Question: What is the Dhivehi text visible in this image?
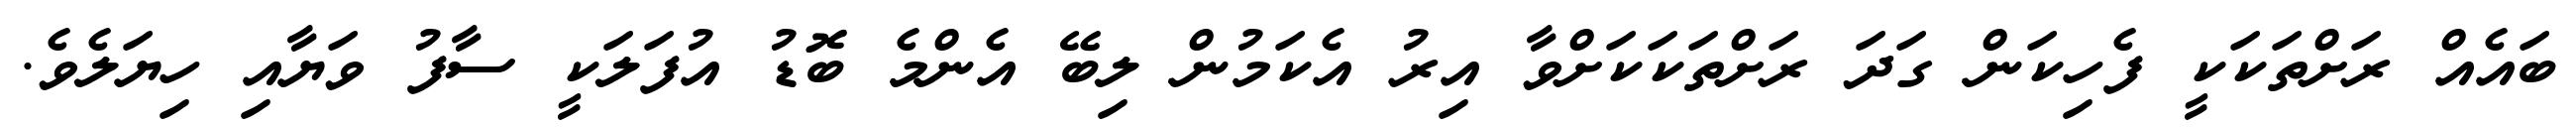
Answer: ބައެއް ރަށްތަކަކީ ފެހިކަން ގަދަ ރަށްތަކަކަށްވާ އިރު އެކަމުން ލިބޭ އެންމެ ބޮޑު އުފަލަކީ ސާފު ވަޔާއި ހިޔަލެވެ.